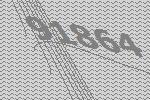
91864